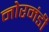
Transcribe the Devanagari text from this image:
नोरमंडी